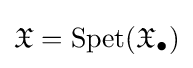
{\mathfrak {X}}=\operatorname {Spet} ({\mathfrak {X}}_{\bullet })